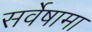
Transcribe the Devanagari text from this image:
सर्वेषामा